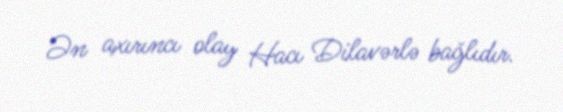
Ən axırıncı olay Hacı Dilavərlə bağlıdır.